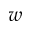
w